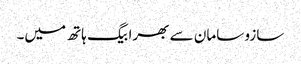
سازو سامان سے بھرا بیگ ہاتھ میں۔